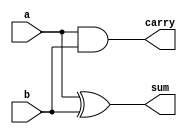
/*
we will attempt to implement a half adder here
*/

module half_adder(a, b, sum, carry);

    input a, b;
    output sum, carry;
    
    // create the gates with in-built primitives
    xor x1(sum, a, b);              // (output, in1, in2)
    and a1(carry, a, b);            

endmodule